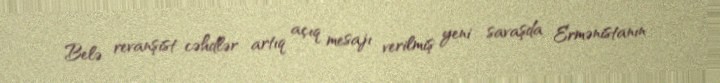
Belə revanşist cəhdlər artıq açıq mesajı verilmiş yeni savaşda Ermənistanın